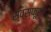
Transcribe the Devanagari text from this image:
स्वस्फ़ूर्त